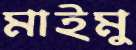
মাইমু